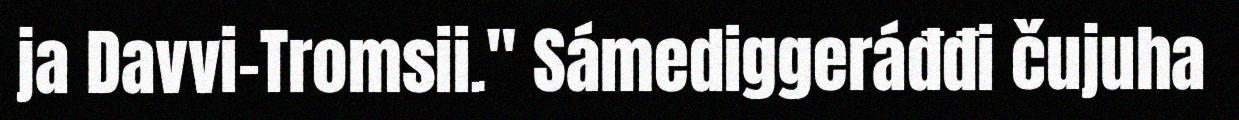
ja Davvi-Tromsii." Sámediggeráđđi čujuha